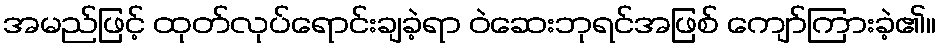
အမည်ဖြင့် ထုတ်လုပ်ရောင်းချခဲ့ရာ ဝဲဆေးဘုရင်အဖြစ် ကျော်ကြားခဲ့၏။